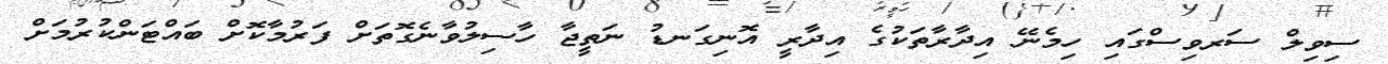
ސިވިލް ސަރވިސްގައި ހިމެނޭ އިދާރާތަކުގެ އިދާރީ އޮނިގަނޑު ނަތީޖާ ހާސިލުވާނެގޮތަށް ފަރުމާކޮށް ބައްޓަންކުރުމަށް